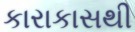
કારાકાસથી